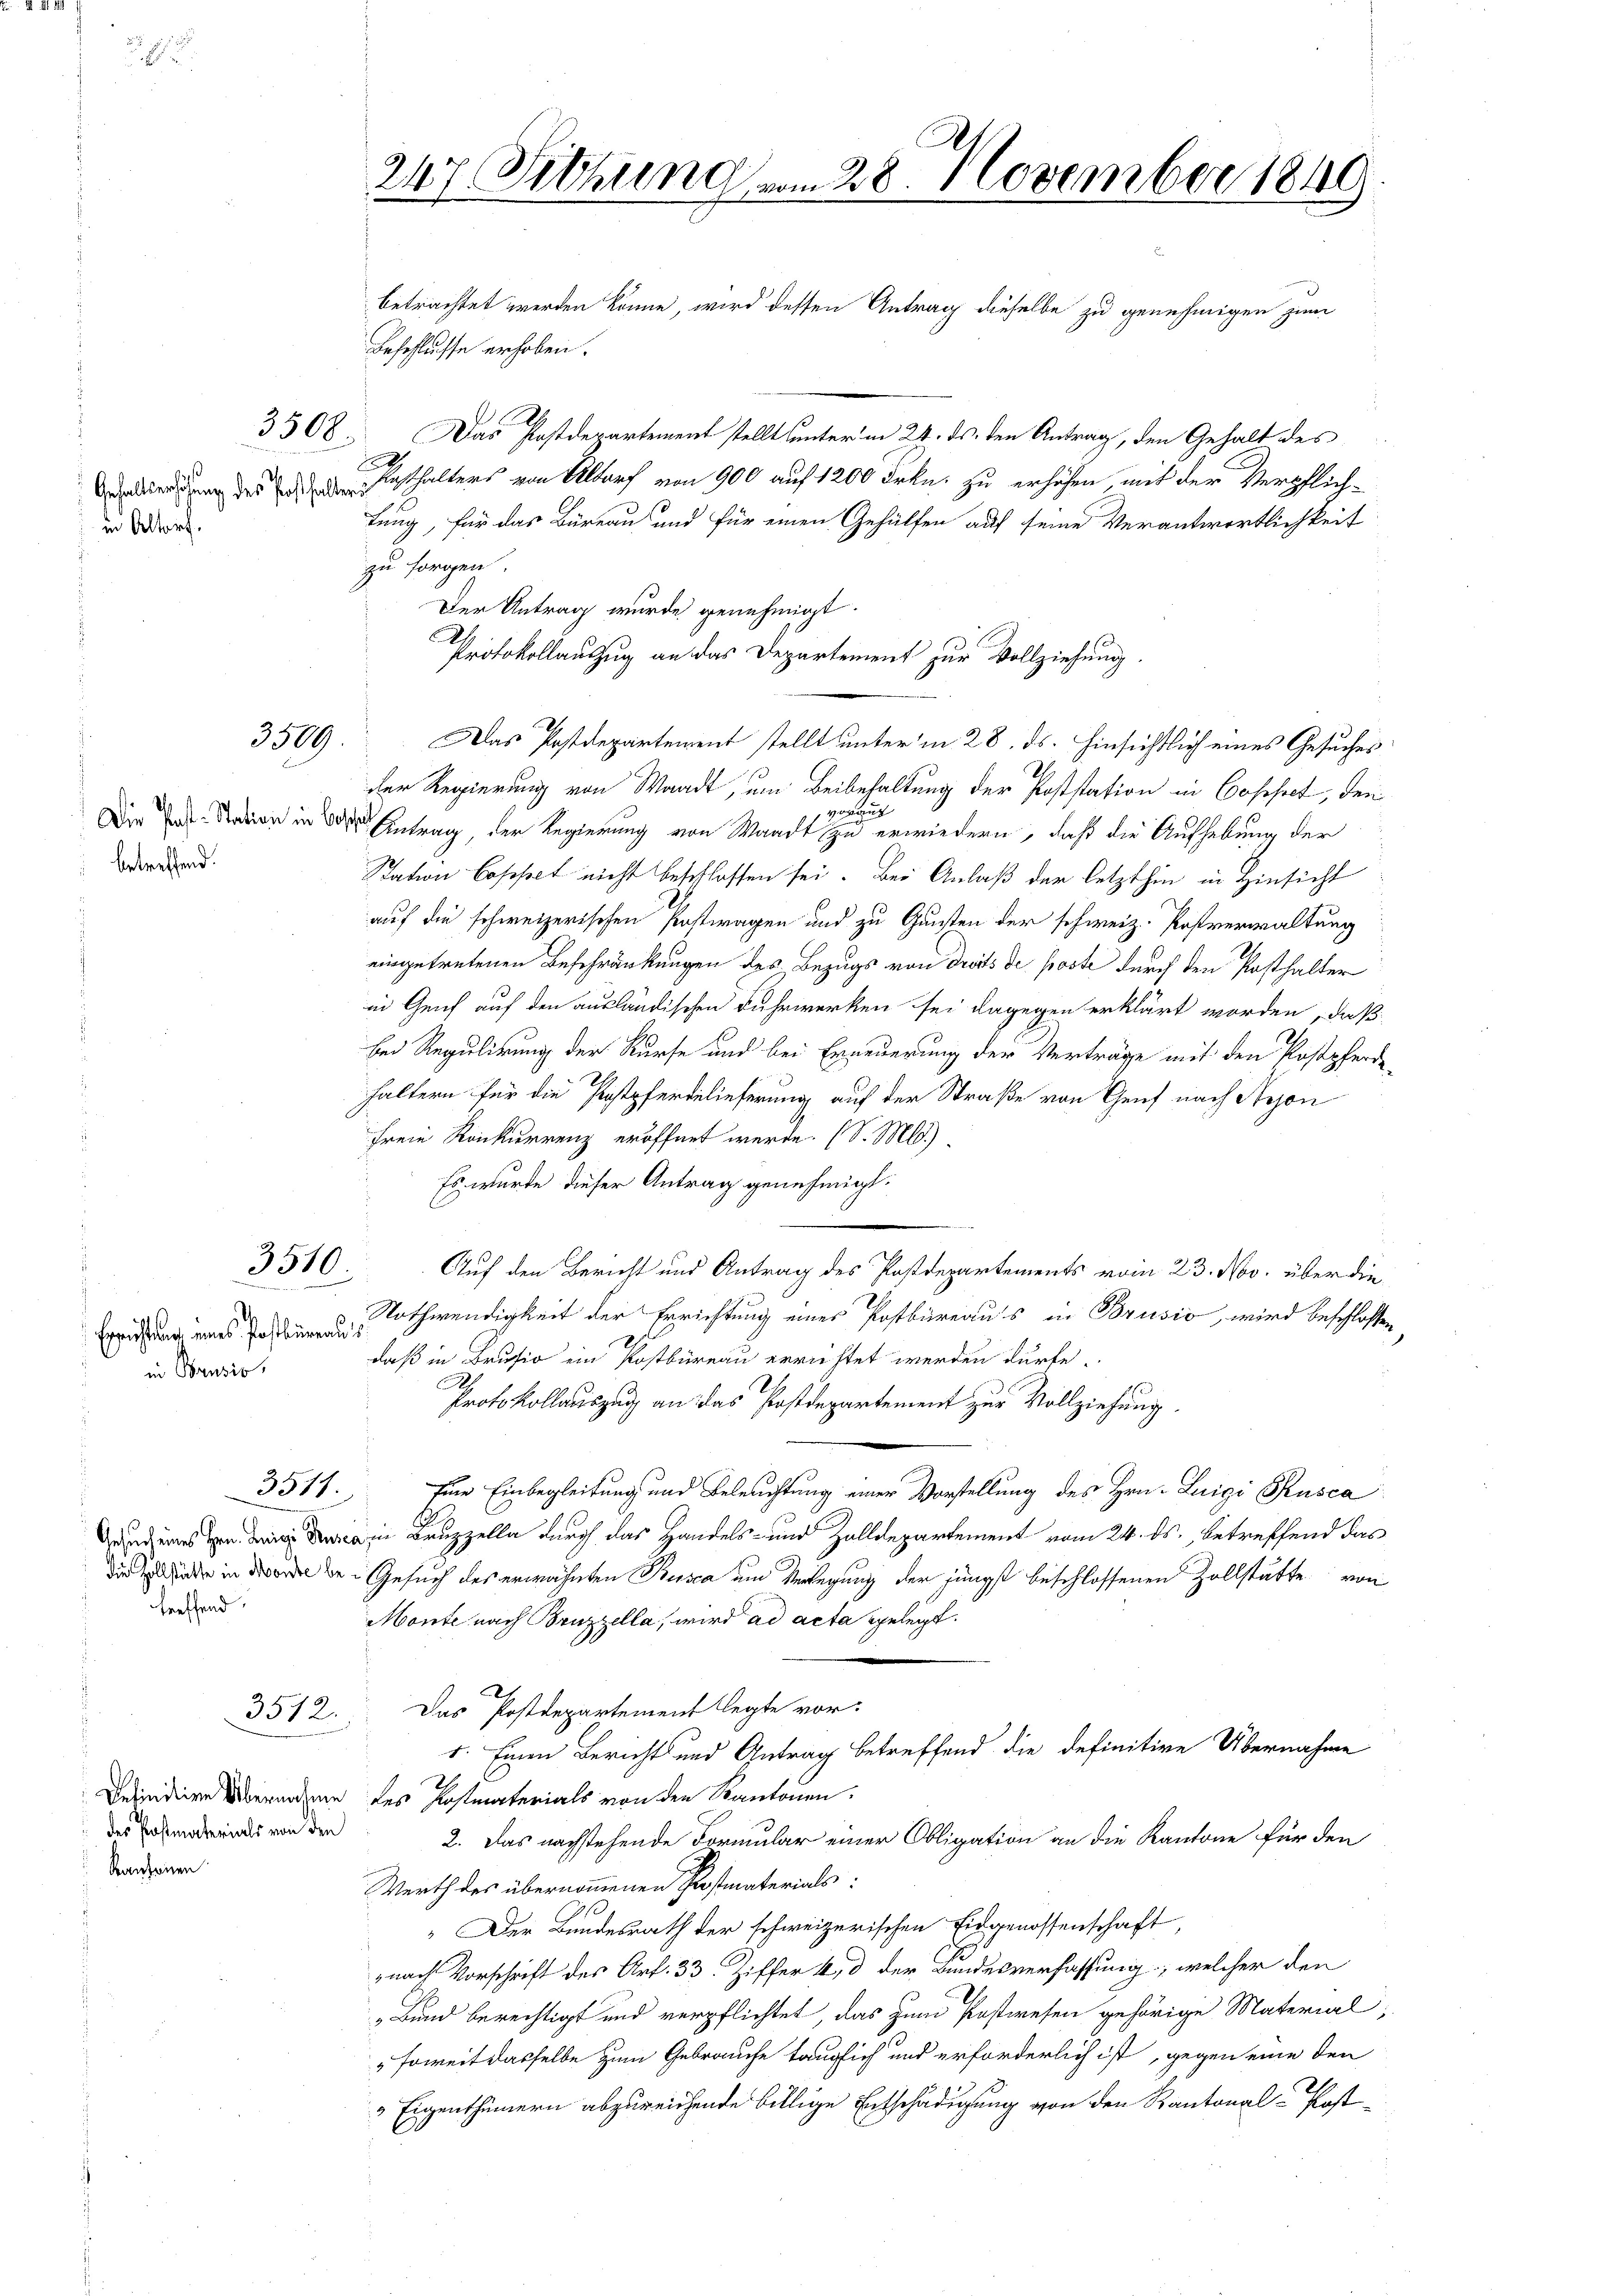
in Altorf.

betreffend.

Erreichtung eines Postbureau
in Brusio.

3508.

3509

3510

treffend.

3512.

des Postmaterials von den
Kantonen

betrachtet werden könne, wird dessen Antrag dieselbe zu genehmigen zum
Geschlusse erhoben.
A
Das Postdepartement stellt unterm 24. ds. den Antrag, den Gehalt des
2
edierung des Rathalters von Altorf von 900 auf 1200 Frkn. zu erhöhen, mit der Verpflich-
tung, für das Büreau und für einen Gehülfen auf seine Verantwortlichkeit
zu sorgen.
Der Antrag wurde genehmigt.
2
Protokollanzug an das Departement zur Vollziehung.
Das Postdepartement stellt unterm 28. ds. Hinsichtlich eines Gesuches
U
der Regierung von Waadt, um Beibehaltung der Poststation in Cosesset, den
voraus
Die in in der Antrag, der Regierung von Waadt zu erwiedern, daß die Aufhebung der
Station Cosesset nicht beschlossen sei. Bei Anlaß der letzthin in Hinsicht
auf die schweizerischen Postwagen und zu Gunsten der schweiz. Postverwaltung
eingetretenen Beschränkungen des Bezugs von droits de poste durch den Posthalter
in Genf auf den ausländischen Fuhrwerken sei dagegen erklärt worden, daß
bei Regulirung der Kurse und bei Erneuerung der Verträge mit den Postpferde-
haltern für die Postpferdelieferung auf der Straße von Genf nach Reson
hfreie Konkurrenz eröffnet werde. (S. Mld.)
Es wurde dieser Antrag genehmigt.
d
Auf den Bericht und Antrag des Postdepartements vom 23. Nov. über die
Nothwendigkeit der Errichtung eines Postbüreaus in Brusio, wird beschlossen
daß in Brusio ein Kostbüreau errichtet werden dürfe.
Protokollauszug an das Postdepartement zur Vollziehung.
3517. Eine Einbegleitung und Beleuchtung einer Vorstellung des Hrn. Luigi Kusca
uze durch das Handels- und Zolldepartement vom 24. ds. betreffend das
 in den Gesuch des erwähnten Busca um Verlegung der jüngst beschlossenen Zollstätte von
Monte nach Bruzzella, wird ad acta gelegt.
Das Postdepartement legte vor:
1. Einen Bericht und Antrag betreffend die definitive Übernahme
Defindien Übernahme des Postmaterials von den Kantonen.
2. Das nachstehende Formular einer Obligation an die Kantone für den
Werth des übernommenen Postmaterials:
" Der Bundesrath der schweizerischen Eidgenossenschaft,
nach Vorschrift des Art. 33 Ziffer 4, 3 der Bundesverfassung; welcher den
„Bund berechtigt und verpflichtet, das zum Postwesen gehörige Material-
"soweit dasselbe zum Gebrauche tauglich und erforderlich ist, gegen eine den
 Eigenthümern abzureichende billige Entschädigung von den Kantonal-Post¬

247 Sitzung vom 28. November 1849.